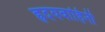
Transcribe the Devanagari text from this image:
ह्रदयवाहिनी